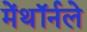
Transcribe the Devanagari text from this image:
मेंथॉर्नले